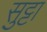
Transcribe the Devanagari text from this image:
सुट्टा